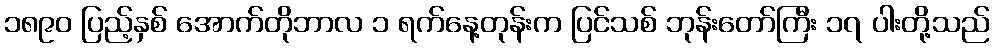
၁၈၉၀ ပြည့်နှစ် အောက်တိုဘာလ ၁ ရက်နေ့တုန်းက ပြင်သစ် ဘုန်းတော်ကြီး ၁၇ ပါးတို့သည်